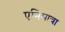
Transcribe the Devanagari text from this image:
एनिमाचा